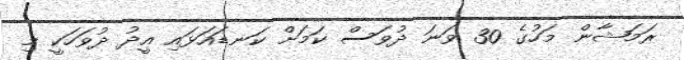
ރަމަޝާން މަހުގެ 30 ވަނަ ދުވަސް ކަމަށް ކަނޑައަޅައި އީދު ދުވަހަކީ މި